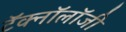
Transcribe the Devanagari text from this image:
टॅक्नॉलॉजी